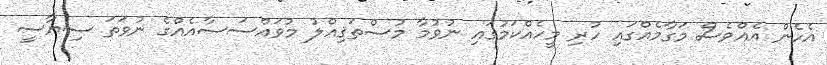
އެހެން އެއްވެސް މަގާމެއްގައި ހުރި މީހެއްކަމުގައި ނުވުމާ މުސްތަޤިއްލު މުވައްސަސާއެއްގެ ނުވަތަ ސިޔާސީ